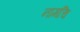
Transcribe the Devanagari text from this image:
नामचि